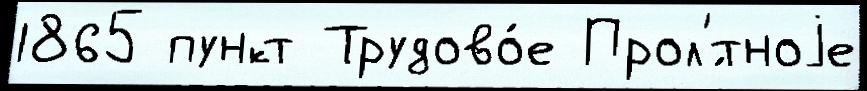
1865 пункт Трудово́е Прол'́тноjе